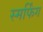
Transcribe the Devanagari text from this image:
स्मर्फिंग